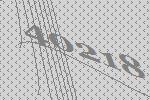
40218